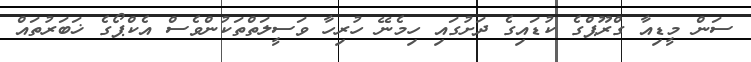
ސަން މީޑިއާ ގްރޫޕްގެ ކުޑައިގެ ދަށުގައި ހިމެނޭ ހުރިހާ ވަސީލަތްތަކުންވެސް އެކްޕޯގެ ޚަބަރުތައް